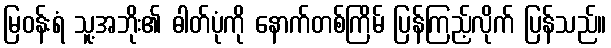
မြဝန်းရံ သူ့အဘိုး၏ ဓါတ်ပုံကို နောက်တစ်ကြိမ် ပြန်ကြည့်လိုက် ပြန်သည်။